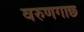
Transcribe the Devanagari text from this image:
वरुणगाछ